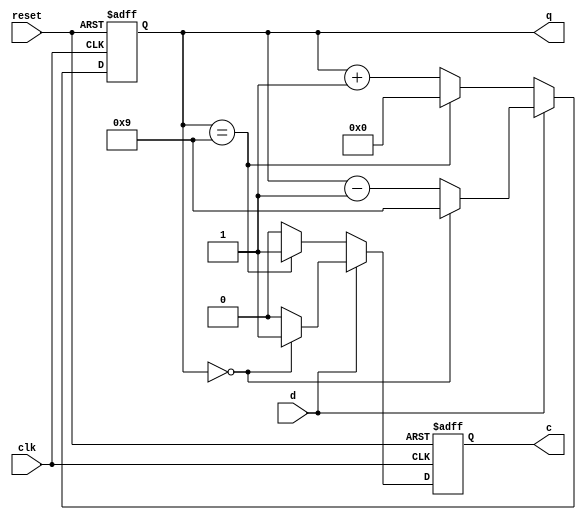
//code
module test_counter_to_10 (
  input clk, reset, d,
  output reg [3:0] q,
  output reg c
);

  always @(posedge clk, posedge reset) begin
    if (reset) begin
      q <= 4'b0000;
      c <= 1'b0;
    end
    else begin
      if (d) begin // Count down
        if (q == 4'b0000) begin
          q <= 4'b1001;
          c <= 1'b1;
        end
        else begin
          q <= q - 1;
          c <= 1'b0;
        end
      end
      else begin // Count up
        if (q == 4'b1001) begin
          q <= 4'b0000;
          c <= 1'b1;
        end
        else begin
          q <= q + 1;
          c <= 1'b0;
        end
      end
    end
  end
endmodule
// Couter to 100
module counter_to_100(
  input wire clk, d, reset,
  output wire [3:0] q0, q1,
  output wire c
);
  wire c0_reg,c1_reg;
  
  test_counter_to_10 uut1(.clk(clk),.d(d),.reset(reset),.q(q0),.c(c0_reg));
  test_counter_to_10 uut2(.clk(c0_reg),.d(d),.reset(reset),.q(q1),.c(c1_reg));
  
  assign c=c0_reg&c1_reg;
endmodule